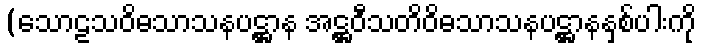
(သောဠသဝိဓသာသနပဋ္ဌာန အဋ္ဌဝီသတိဝိဓသာသနပဋ္ဌာနနှစ်ပါးကို